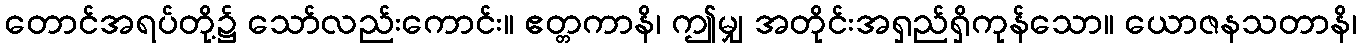
တောင်အရပ်တို့၌ သော်လည်းကောင်း။ ဧတ္တကာနိ၊ ဤမျှ အတိုင်းအရှည်ရှိကုန်သော။ ယောဇနသတာနိ၊